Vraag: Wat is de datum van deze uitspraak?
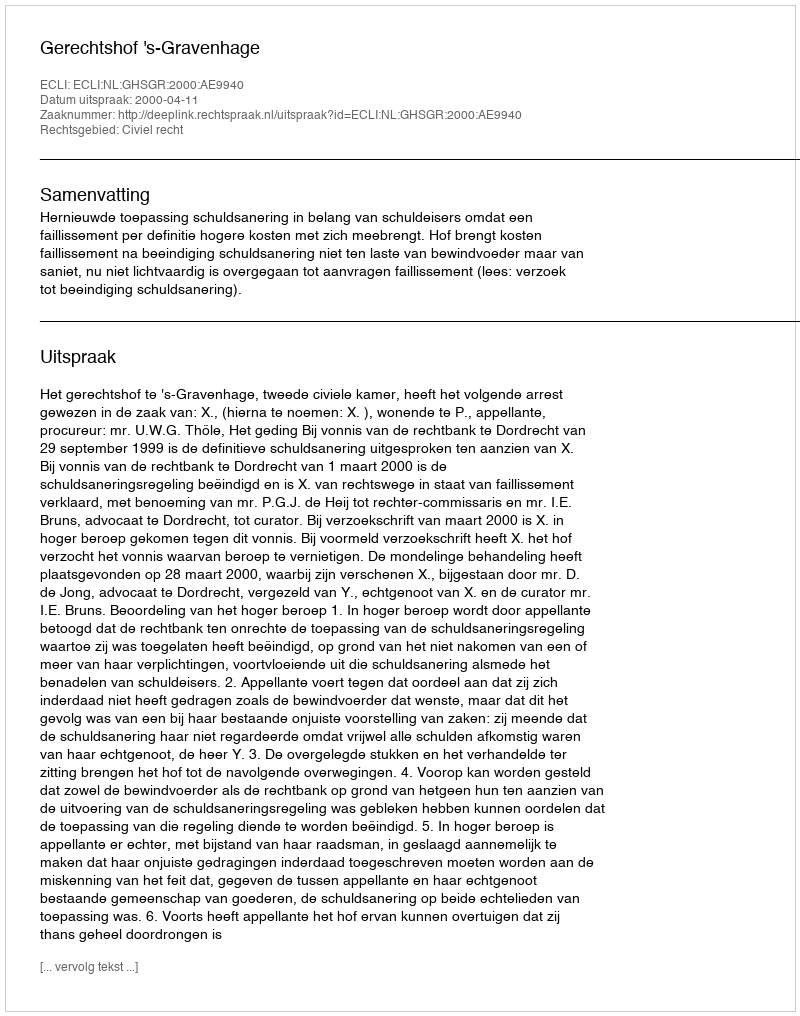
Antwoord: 2000-04-11